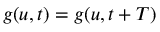
g ( u , t ) = g ( u , t + T )